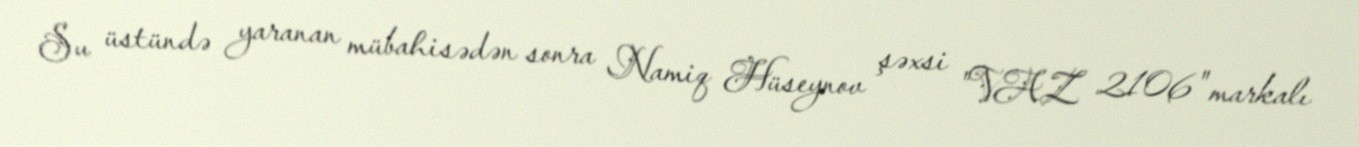
Su üstündə yaranan mübahisədən sonra Namiq Hüseynov şəxsi "VAZ 2106" markalı